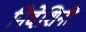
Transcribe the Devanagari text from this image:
निर्देशिनी